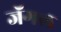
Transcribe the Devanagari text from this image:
जॅगल